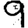
Digit: 9